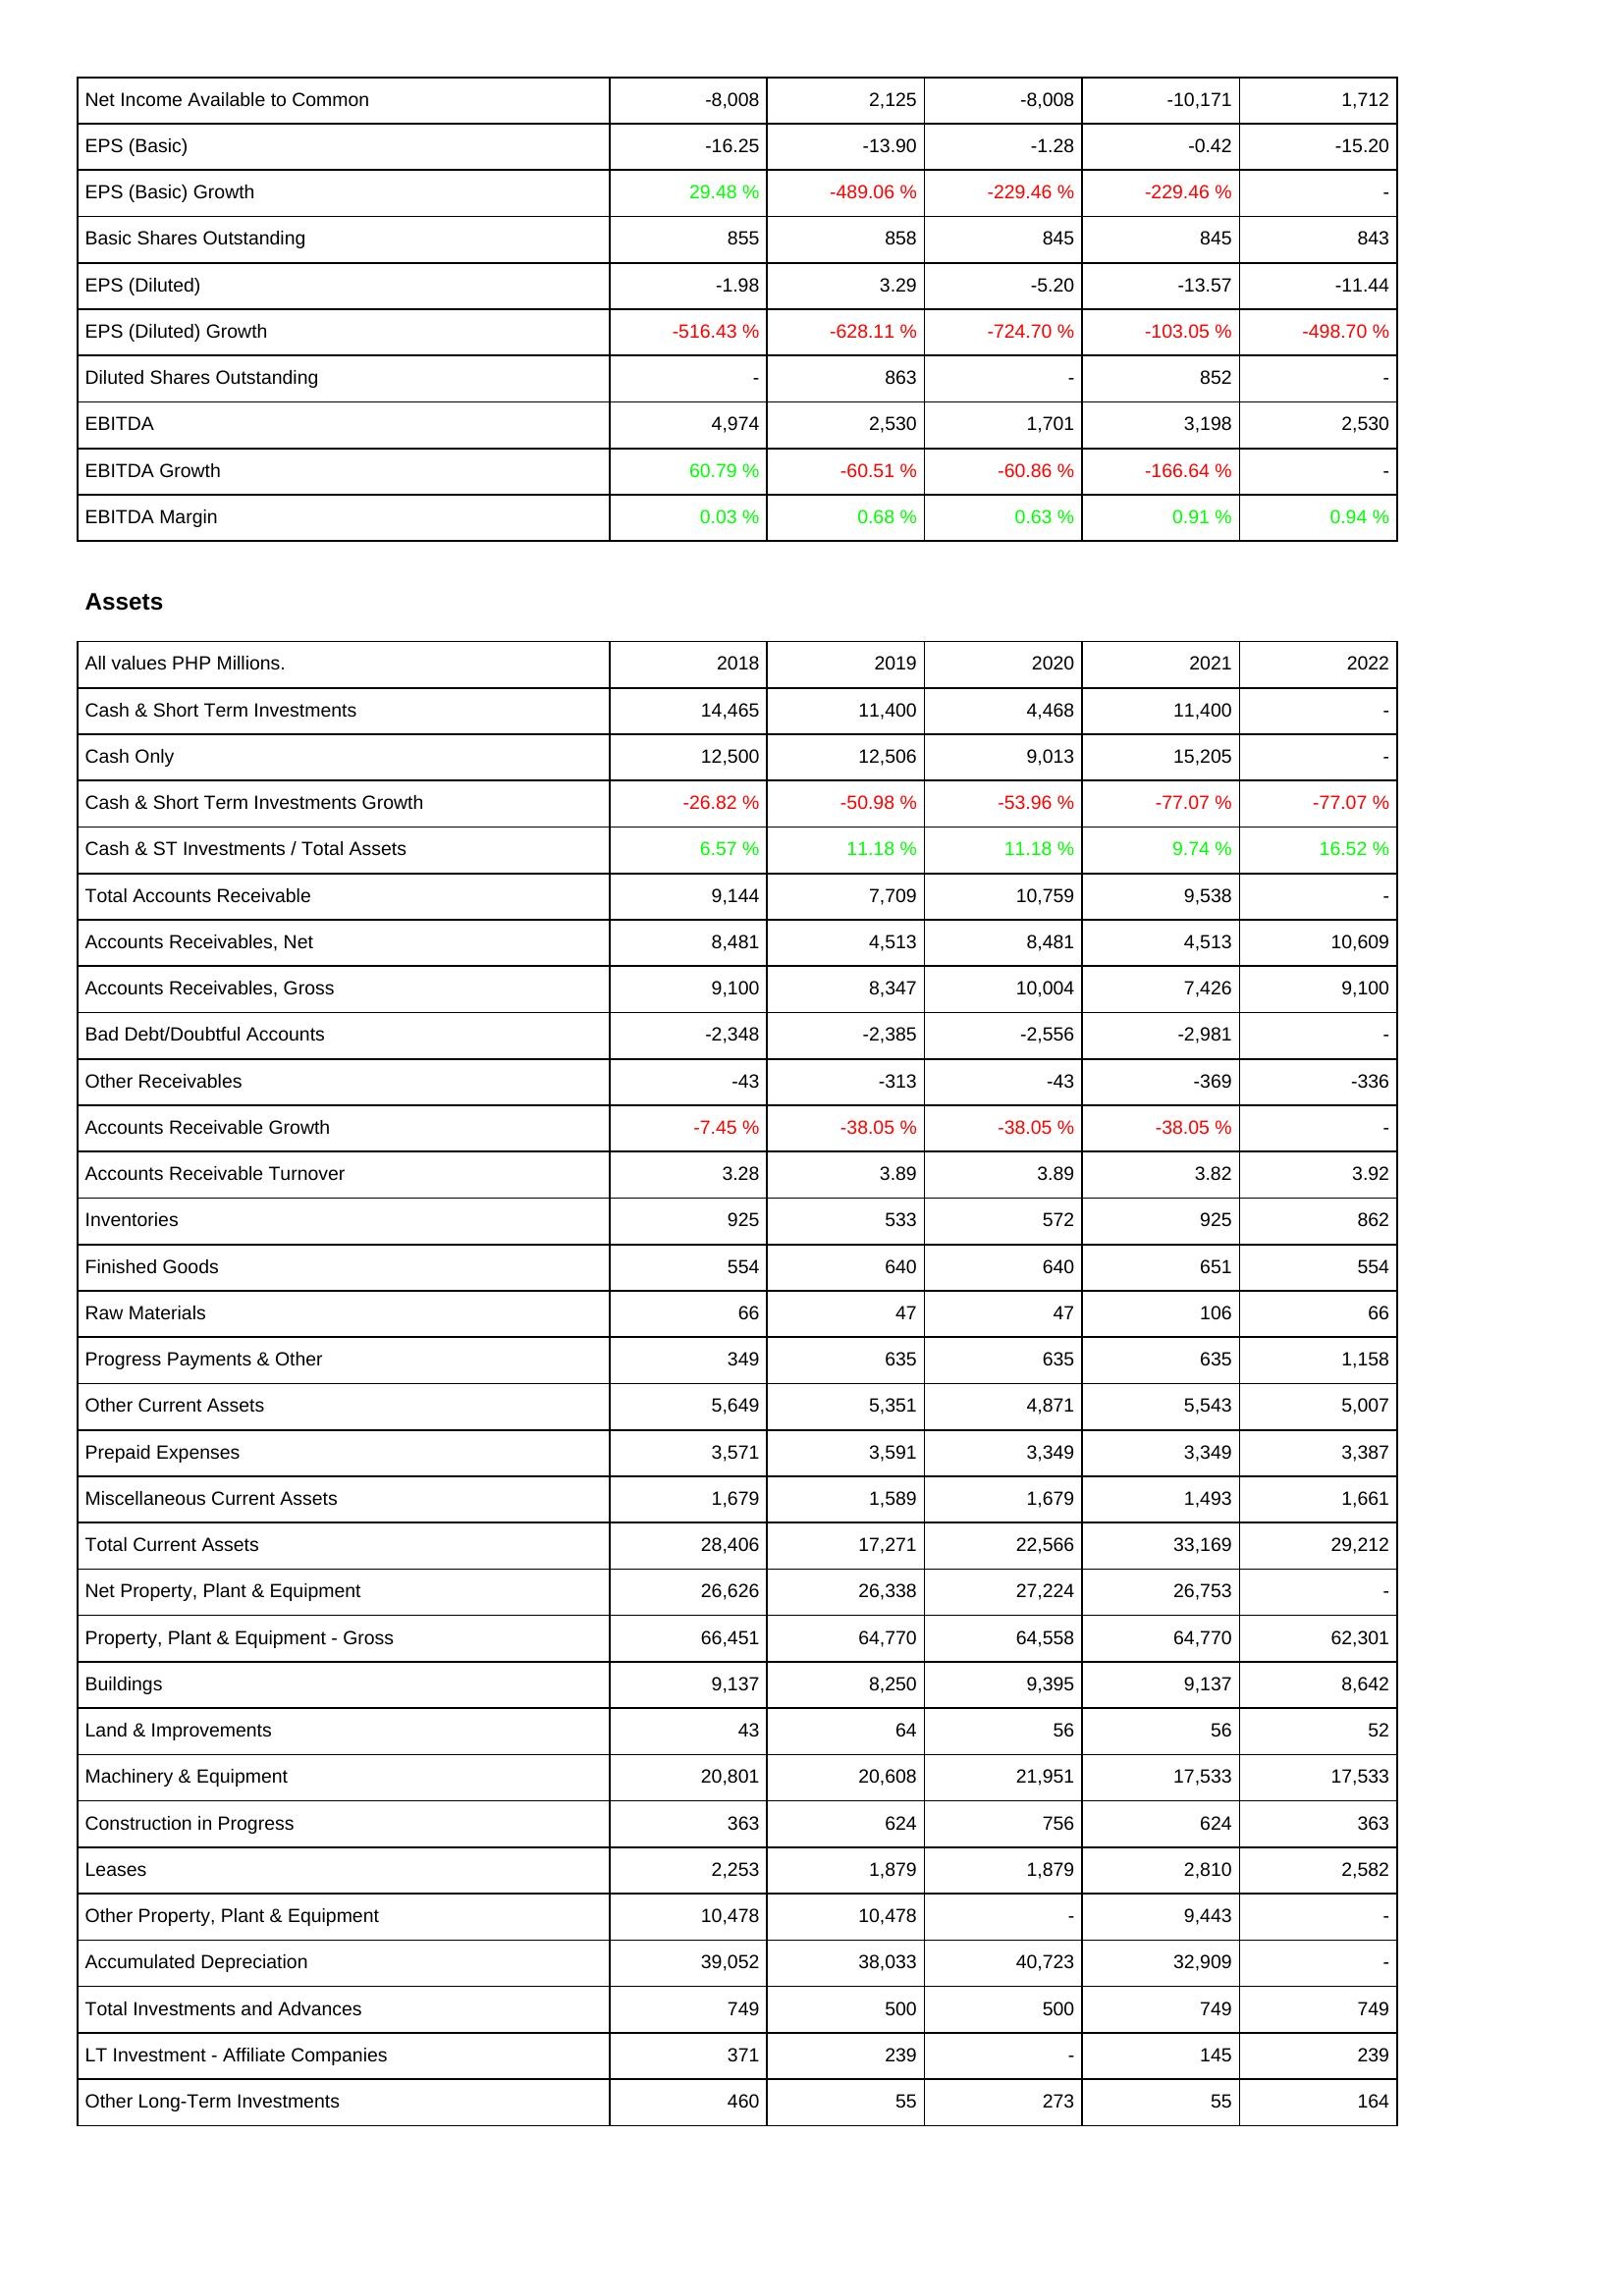
2018: Income Statement: Net Income Available to Common: -8,008
EPS (Basic): -16.25
EPS (Basic) Growth: 29.48 %
Basic Shares Outstanding: 855
EPS (Diluted): -1.98
EPS (Diluted) Growth: -516.43 %
Diluted Shares Outstanding: -
EBITDA: 4,974
EBITDA Growth: 60.79 %
EBITDA Margin: 0.03 %
Assets: Cash & Short Term Investments: 14,465
Cash Only: 12,500
Cash & Short Term Investments Growth: -26.82 %
Cash & ST Investments / Total Assets: 6.57 %
Total Accounts Receivable: 9,144
Accounts Receivables, Net: 8,481
Accounts Receivables, Gross: 9,100
Bad Debt/Doubtful Accounts: -2,348
Other Receivables: -43
Accounts Receivable Growth: -7.45 %
Accounts Receivable Turnover: 3.28
Inventories: 925
Finished Goods: 554
Raw Materials: 66
Progress Payments & Other: 349
Other Current Assets: 5,649
Prepaid Expenses: 3,571
Miscellaneous Current Assets: 1,679
Total Current Assets: 28,406
Net Property, Plant & Equipment: 26,626
Property, Plant & Equipment - Gross: 66,451
Buildings: 9,137
Land & Improvements: 43
Machinery & Equipment: 20,801
Construction in Progress: 363
Leases: 2,253
Other Property, Plant & Equipment: 10,478
Accumulated Depreciation: 39,052
Total Investments and Advances: 749
LT Investment - Affiliate Companies: 371
Other Long-Term Investments: 460
2019: Income Statement: Net Income Available to Common: 2,125
EPS (Basic): -13.90
EPS (Basic) Growth: -489.06 %
Basic Shares Outstanding: 858
EPS (Diluted): 3.29
EPS (Diluted) Growth: -628.11 %
Diluted Shares Outstanding: 863
EBITDA: 2,530
EBITDA Growth: -60.51 %
EBITDA Margin: 0.68 %
Assets: Cash & Short Term Investments: 11,400
Cash Only: 12,506
Cash & Short Term Investments Growth: -50.98 %
Cash & ST Investments / Total Assets: 11.18 %
Total Accounts Receivable: 7,709
Accounts Receivables, Net: 4,513
Accounts Receivables, Gross: 8,347
Bad Debt/Doubtful Accounts: -2,385
Other Receivables: -313
Accounts Receivable Growth: -38.05 %
Accounts Receivable Turnover: 3.89
Inventories: 533
Finished Goods: 640
Raw Materials: 47
Progress Payments & Other: 635
Other Current Assets: 5,351
Prepaid Expenses: 3,591
Miscellaneous Current Assets: 1,589
Total Current Assets: 17,271
Net Property, Plant & Equipment: 26,338
Property, Plant & Equipment - Gross: 64,770
Buildings: 8,250
Land & Improvements: 64
Machinery & Equipment: 20,608
Construction in Progress: 624
Leases: 1,879
Other Property, Plant & Equipment: 10,478
Accumulated Depreciation: 38,033
Total Investments and Advances: 500
LT Investment - Affiliate Companies: 239
Other Long-Term Investments: 55
2020: Income Statement: Net Income Available to Common: -8,008
EPS (Basic): -1.28
EPS (Basic) Growth: -229.46 %
Basic Shares Outstanding: 845
EPS (Diluted): -5.20
EPS (Diluted) Growth: -724.70 %
Diluted Shares Outstanding: -
EBITDA: 1,701
EBITDA Growth: -60.86 %
EBITDA Margin: 0.63 %
Assets: Cash & Short Term Investments: 4,468
Cash Only: 9,013
Cash & Short Term Investments Growth: -53.96 %
Cash & ST Investments / Total Assets: 11.18 %
Total Accounts Receivable: 10,759
Accounts Receivables, Net: 8,481
Accounts Receivables, Gross: 10,004
Bad Debt/Doubtful Accounts: -2,556
Other Receivables: -43
Accounts Receivable Growth: -38.05 %
Accounts Receivable Turnover: 3.89
Inventories: 572
Finished Goods: 640
Raw Materials: 47
Progress Payments & Other: 635
Other Current Assets: 4,871
Prepaid Expenses: 3,349
Miscellaneous Current Assets: 1,679
Total Current Assets: 22,566
Net Property, Plant & Equipment: 27,224
Property, Plant & Equipment - Gross: 64,558
Buildings: 9,395
Land & Improvements: 56
Machinery & Equipment: 21,951
Construction in Progress: 756
Leases: 1,879
Other Property, Plant & Equipment: -
Accumulated Depreciation: 40,723
Total Investments and Advances: 500
LT Investment - Affiliate Companies: -
Other Long-Term Investments: 273
2021: Income Statement: Net Income Available to Common: -10,171
EPS (Basic): -0.42
EPS (Basic) Growth: -229.46 %
Basic Shares Outstanding: 845
EPS (Diluted): -13.57
EPS (Diluted) Growth: -103.05 %
Diluted Shares Outstanding: 852
EBITDA: 3,198
EBITDA Growth: -166.64 %
EBITDA Margin: 0.91 %
Assets: Cash & Short Term Investments: 11,400
Cash Only: 15,205
Cash & Short Term Investments Growth: -77.07 %
Cash & ST Investments / Total Assets: 9.74 %
Total Accounts Receivable: 9,538
Accounts Receivables, Net: 4,513
Accounts Receivables, Gross: 7,426
Bad Debt/Doubtful Accounts: -2,981
Other Receivables: -369
Accounts Receivable Growth: -38.05 %
Accounts Receivable Turnover: 3.82
Inventories: 925
Finished Goods: 651
Raw Materials: 106
Progress Payments & Other: 635
Other Current Assets: 5,543
Prepaid Expenses: 3,349
Miscellaneous Current Assets: 1,493
Total Current Assets: 33,169
Net Property, Plant & Equipment: 26,753
Property, Plant & Equipment - Gross: 64,770
Buildings: 9,137
Land & Improvements: 56
Machinery & Equipment: 17,533
Construction in Progress: 624
Leases: 2,810
Other Property, Plant & Equipment: 9,443
Accumulated Depreciation: 32,909
Total Investments and Advances: 749
LT Investment - Affiliate Companies: 145
Other Long-Term Investments: 55
2022: Income Statement: Net Income Available to Common: 1,712
EPS (Basic): -15.20
EPS (Basic) Growth: -
Basic Shares Outstanding: 843
EPS (Diluted): -11.44
EPS (Diluted) Growth: -498.70 %
Diluted Shares Outstanding: -
EBITDA: 2,530
EBITDA Growth: -
EBITDA Margin: 0.94 %
Assets: Cash & Short Term Investments: -
Cash Only: -
Cash & Short Term Investments Growth: -77.07 %
Cash & ST Investments / Total Assets: 16.52 %
Total Accounts Receivable: -
Accounts Receivables, Net: 10,609
Accounts Receivables, Gross: 9,100
Bad Debt/Doubtful Accounts: -
Other Receivables: -336
Accounts Receivable Growth: -
Accounts Receivable Turnover: 3.92
Inventories: 862
Finished Goods: 554
Raw Materials: 66
Progress Payments & Other: 1,158
Other Current Assets: 5,007
Prepaid Expenses: 3,387
Miscellaneous Current Assets: 1,661
Total Current Assets: 29,212
Net Property, Plant & Equipment: -
Property, Plant & Equipment - Gross: 62,301
Buildings: 8,642
Land & Improvements: 52
Machinery & Equipment: 17,533
Construction in Progress: 363
Leases: 2,582
Other Property, Plant & Equipment: -
Accumulated Depreciation: -
Total Investments and Advances: 749
LT Investment - Affiliate Companies: 239
Other Long-Term Investments: 164